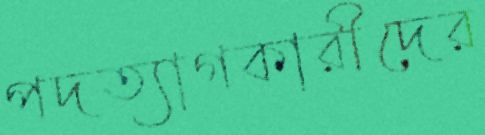
পদত্যাগকারীদের